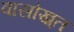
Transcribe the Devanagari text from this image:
वासोख़्त